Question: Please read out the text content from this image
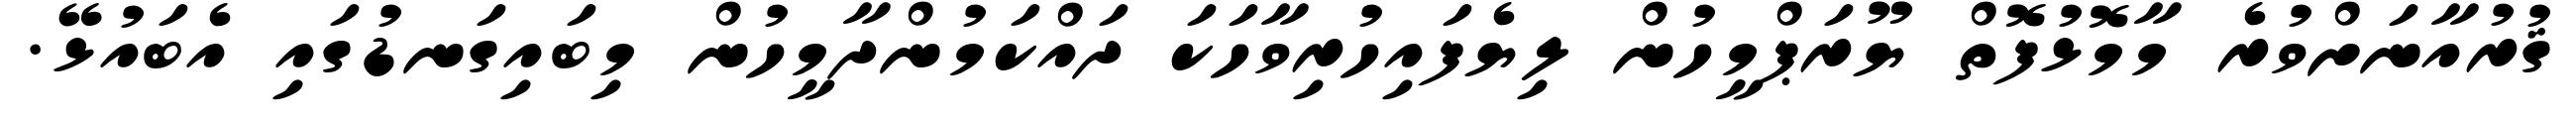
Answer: ޤުރުއާނަށްވުރެ މާމޮޅުފޮތް ޔޫރަޕްމީހުން ލިޔެފައިހުރިވާހަކަ ދައްކަމުންދާމީހުން މިބައިގަނޑުގައި އެބައުޅޭ.